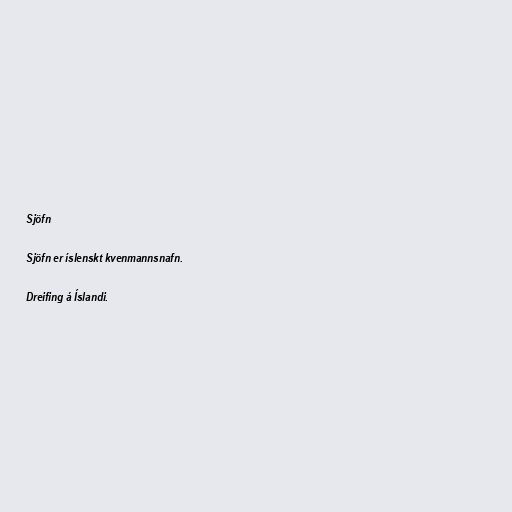
Sjöfn

Sjöfn er íslenskt kvenmannsnafn.

Dreifing á Íslandi.